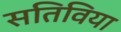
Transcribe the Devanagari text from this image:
सतिविया